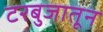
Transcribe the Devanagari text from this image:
टरबुजातून